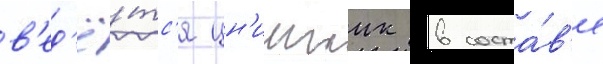
в'ед'ё́тс'я цн'иигаик в соста́в'е